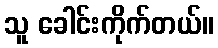
သူ ခေါင်းကိုက်တယ်။